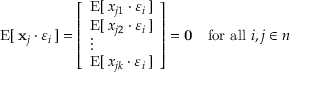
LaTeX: \operatorname { E } [ \, \mathbf { x } _ { j } \cdot \varepsilon _ { i } \, ] = { \left[ \begin{array} { l } { \operatorname { E } [ \, { x } _ { j 1 } \cdot \varepsilon _ { i } \, ] } \\ { \operatorname { E } [ \, { x } _ { j 2 } \cdot \varepsilon _ { i } \, ] } \\ { \vdots } \\ { \operatorname { E } [ \, { x } _ { j k } \cdot \varepsilon _ { i } \, ] } \end{array} \right] } = \mathbf { 0 } \quad { \mathrm { f o r ~ a l l ~ } } i , j \in n